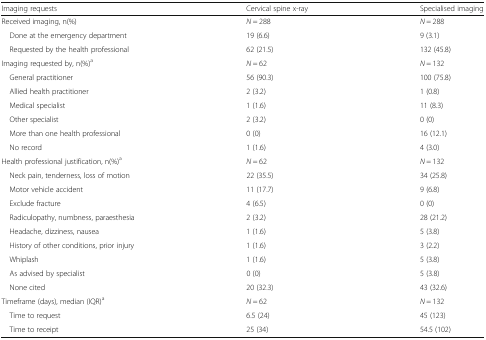
<table><thead><tr><td><b>Imaging requests</b></td><td><b>Cervical spine x-ray</b></td><td><b>Specialised imaging</b></td></tr></thead><tbody><tr><td>Received imaging, n(%)</td><td><i>N</i> = 288</td><td><i>N</i> = 288</td></tr><tr><td> Done at the emergency department</td><td>19 (6.6)</td><td>9 (3.1)</td></tr><tr><td> Requested by the health professional</td><td>62 (21.5)</td><td>132 (45.8)</td></tr><tr><td>Imaging requested by, n(%)<sup>a</sup></td><td><i>N</i> = 62</td><td><i>N</i> = 132</td></tr><tr><td> General practitioner</td><td>56 (90.3)</td><td>100 (75.8)</td></tr><tr><td> Allied health practitioner</td><td>2 (3.2)</td><td>1 (0.8)</td></tr><tr><td> Medical specialist</td><td>1 (1.6)</td><td>11 (8.3)</td></tr><tr><td> Other specialist</td><td>2 (3.2)</td><td>0 (0)</td></tr><tr><td> More than one health professional</td><td>0 (0)</td><td>16 (12.1)</td></tr><tr><td> No record</td><td>1 (1.6)</td><td>4 (3.0)</td></tr><tr><td>Health professional justification, n(%)<sup>a</sup></td><td><i>N</i> = 62</td><td><i>N</i> = 132</td></tr><tr><td> Neck pain, tenderness, loss of motion</td><td>22 (35.5)</td><td>34 (25.8)</td></tr><tr><td> Motor vehicle accident</td><td>11 (17.7)</td><td>9 (6.8)</td></tr><tr><td> Exclude fracture</td><td>4 (6.5)</td><td>0 (0)</td></tr><tr><td> Radiculopathy, numbness, paraesthesia</td><td>2 (3.2)</td><td>28 (21.2)</td></tr><tr><td> Headache, dizziness, nausea</td><td>1 (1.6)</td><td>5 (3.8)</td></tr><tr><td> History of other conditions, prior injury</td><td>1 (1.6)</td><td>3 (2.2)</td></tr><tr><td> Whiplash</td><td>1 (1.6)</td><td>5 (3.8)</td></tr><tr><td> As advised by specialist</td><td>0 (0)</td><td>5 (3.8)</td></tr><tr><td> None cited</td><td>20 (32.3)</td><td>43 (32.6)</td></tr><tr><td>Timeframe (days), median (IQR)<sup>a</sup></td><td><i>N</i> = 62</td><td><i>N</i> = 132</td></tr><tr><td> Time to request</td><td>6.5 (24)</td><td>45 (123)</td></tr><tr><td> Time to receipt</td><td>25 (34)</td><td>54.5 (102)</td></tr></tbody></table>